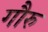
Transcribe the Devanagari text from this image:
गौरु